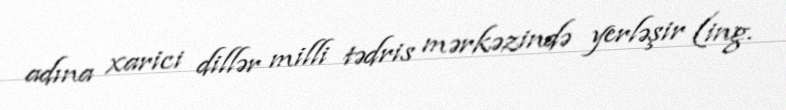
adına xarici dillər milli tədris mərkəzində yerləşir (ing.